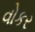
વોકર